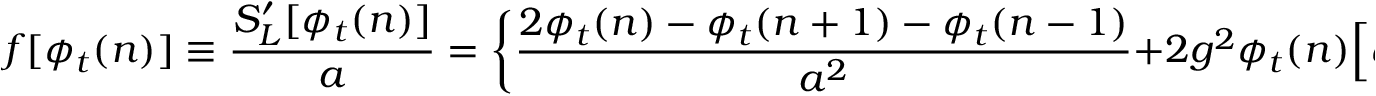
f [ \phi _ { t } ( n ) ] \equiv { \frac { S _ { L } ^ { \prime } [ \phi _ { t } ( n ) ] } { a } } = \biggl \{ { \frac { 2 \phi _ { t } ( n ) - \phi _ { t } ( n + 1 ) - \phi _ { t } ( n - 1 ) } { a ^ { 2 } } } + 2 g ^ { 2 } \phi _ { t } ( n ) \Bigl [ \phi _ { t } ^ { 2 } ( n ) - { \frac { 1 } { 4 g ^ { 2 } } } \Bigr ] \biggr \} \, .